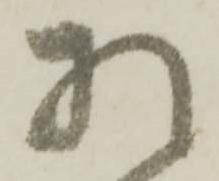
相